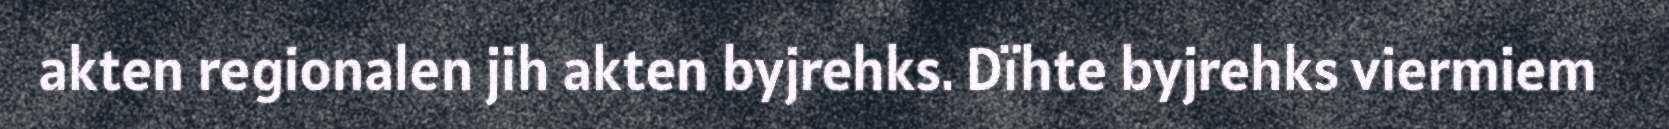
akten regionalen jih akten byjrehks. Dïhte byjrehks viermiem